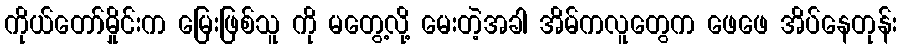
ကိုယ်တော်မှိုင်းက မြေးဖြစ်သူ ကို မတွေ့လို့ မေးတဲ့အခါ အိမ်ကလူတွေက ဖေဖေ အိပ်နေတုန်း